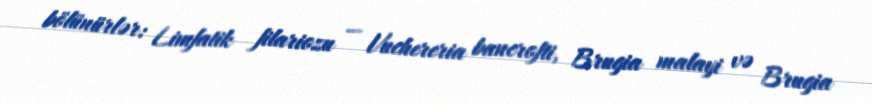
bölünürlər: Limfatik filariozu — Vuchereria bancrofti, Brugia malayi və Brugia